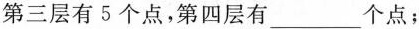
第三层有5个点，第四层有 ___ 个点；